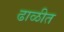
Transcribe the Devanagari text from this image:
ढाळीत